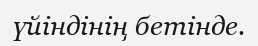
үйіндінің бетінде.